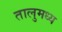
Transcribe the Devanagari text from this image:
तालुमध्य